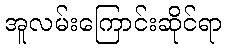
အူလမ်းကြောင်းဆိုင်ရာ